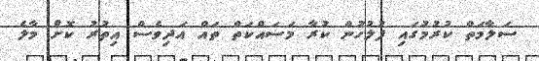
ސަލާމަތް ކުރުމުގައި ފުލުހުން ކުރާ މަސައްކަތް ތައް އަދިވެސް އިތުރު ކޮށް މާލެ